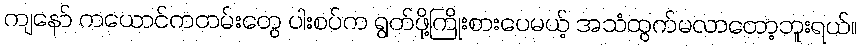
ကျနော် ကယောင်ကတမ်းတွေ ပါးစပ်က ရွတ်ဖို့ကြိုးစားပေမယ့် အသံထွက်မလာတော့ဘူးရယ်။